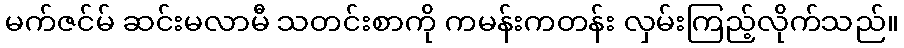
မက်ဇင်မ် ဆင်းမလာမီ သတင်းစာကို ကမန်းကတန်း လှမ်းကြည့်လိုက်သည်။